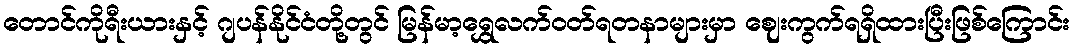
တောင်ကိုရီးယားနှင့် ဂျပန်နိုင်ငံတို့တွင် မြန်မာ့ရွှေလက်ဝတ်ရတနာများမှာ ဈေးကွက်ရရှိထားပြီးဖြစ်ကြောင်း